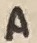
Text: A